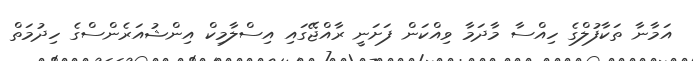
އަމާނާ ތަކާފުލްގެ ހިއްސާ މާދަމާ ވިއްކަން ފަށަނީ ރާއްޖޭގައި އިސްލާމިކް އިންޝުއަރެންސްގެ ހިދުމަތް